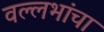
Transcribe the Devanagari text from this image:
वल्लभांचा